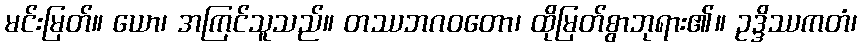
မင်းမြတ်။ ယော၊ အကြင်သူသည်။ တဿဘဂဝတော၊ ထိုမြတ်စွာဘုရား၏။ ဥဒ္ဒိဿကတံ၊